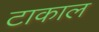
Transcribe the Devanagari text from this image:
टाकाल